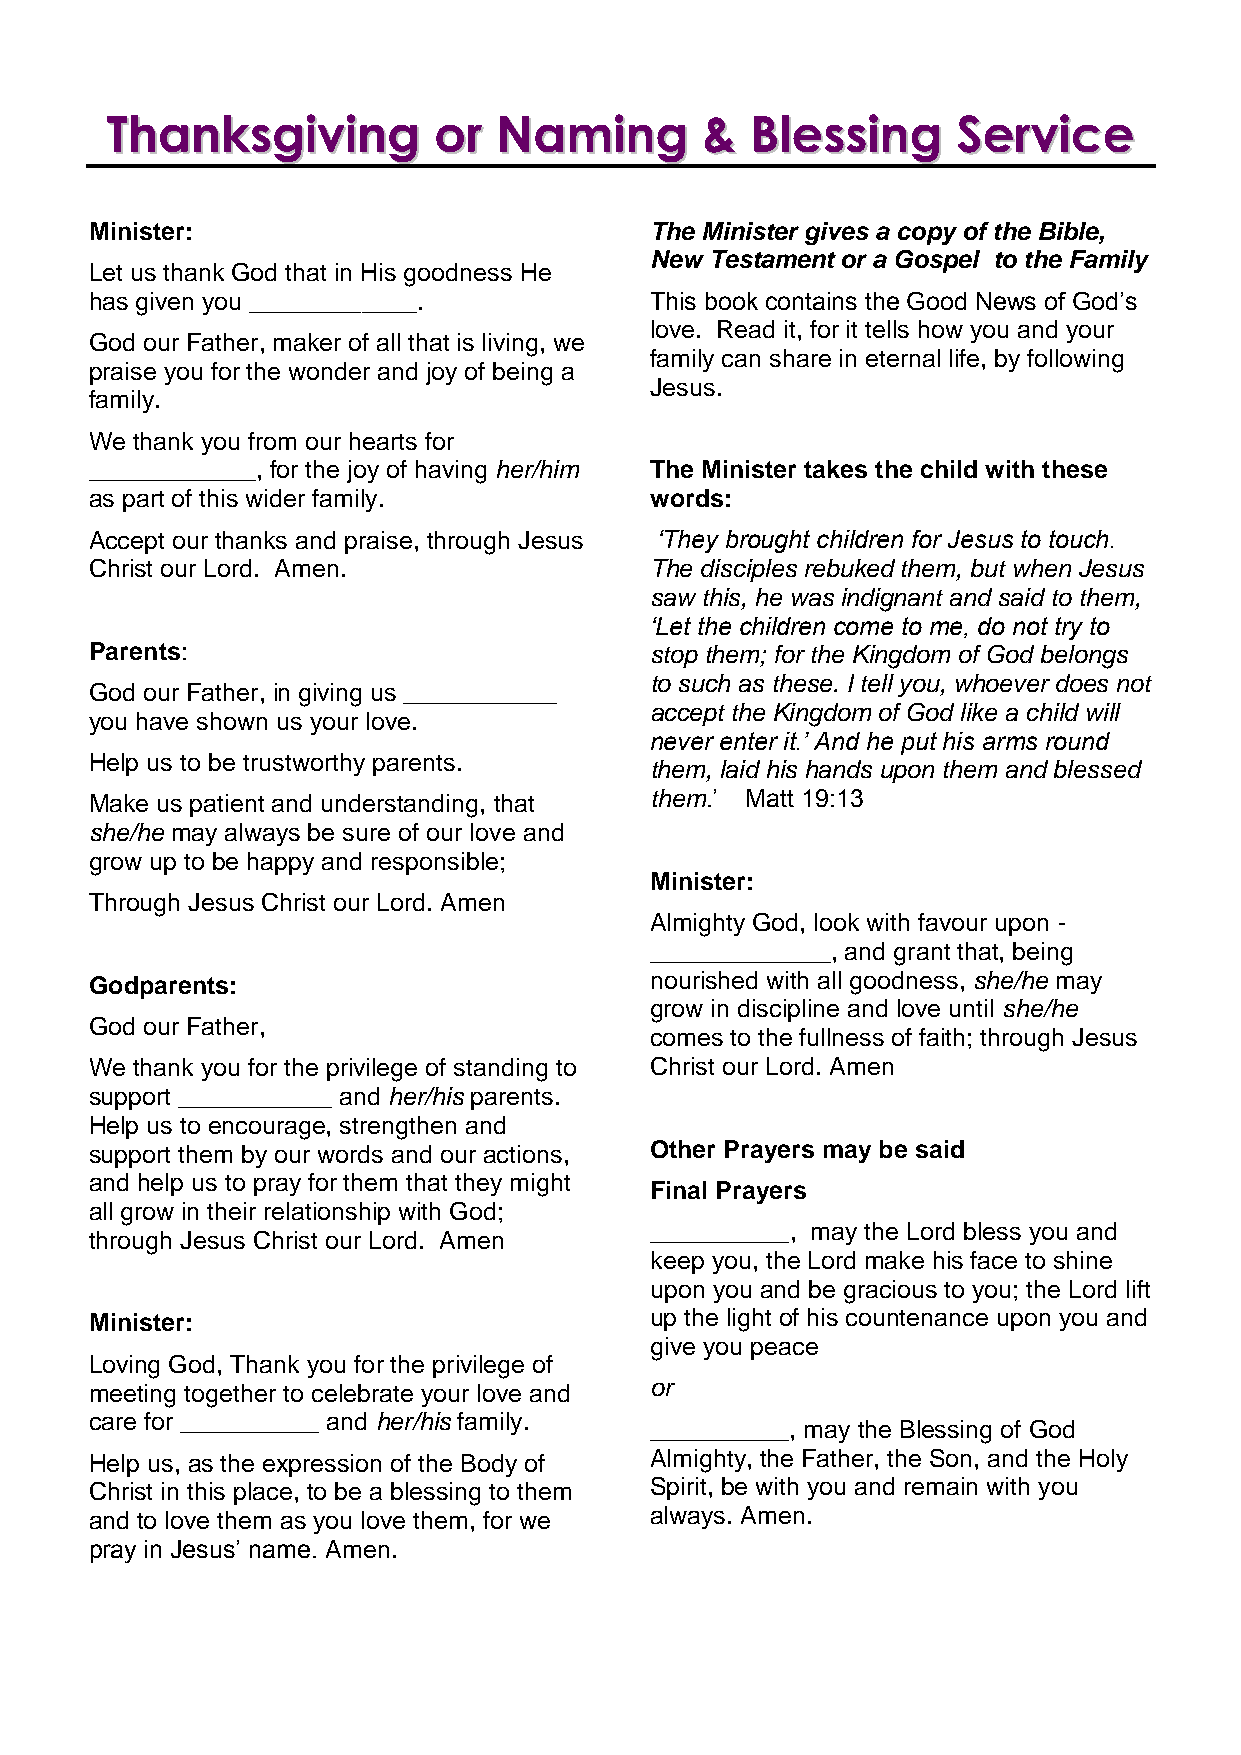
TThhaannkkssggiivviinngg oorr NNaammiinngg && BBlleessssiinngg SSeerrvviiccee
 Minister:                            The Minister gives a copy of the Bible,
 New Testament or a Gospel to the Family
 Let us thank God that in His goodness He
 has given you ____________.          This book contains the Good News of God’s
 love. Read it, for it tells how you and your
 God our Father, maker of all that is living, we
 family can share in eternal life, by following
 praise you for the wonder and joy of being a
 Jesus.
 family.
 We thank you from our hearts for
 ____________, for the joy of having her/him The Minister takes the child with these
 as part of this wider family.        words:
 Accept our thanks and praise, through Jesus ‘They brought children for Jesus to touch.
 Christ our Lord. Amen.               The disciples rebuked them, but when Jesus
 saw this, he was indignant and said to them,
 ‘Let the children come to me, do not try to
 Parents:                             stop them; for the Kingdom of God belongs
 to such as these. I tell you, whoever does not
 God our Father, in giving us ___________
 accept the Kingdom of God like a child will
 you have shown us your love.
 never enter it.’ And he put his arms round
 Help us to be trustworthy parents.
 them, laid his hands upon them and blessed
 Make us patient and understanding, that them.’ Matt 19:13
 she/he may always be sure of our love and
 grow up to be happy and responsible;
 Minister:
 Through Jesus Christ our Lord. Amen
 Almighty God, look with favour upon -
 _____________, and grant that, being
 Godparents:                          nourished with all goodness, she/he may
 grow in discipline and love until she/he
 God our Father,
 comes to the fullness of faith; through Jesus
 We thank you for the privilege of standing to Christ our Lord. Amen
 support ___________ and her/his parents.
 Help us to encourage, strengthen and
 support them by our words and our actions, Other Prayers may be said
 and help us to pray for them that they might
 Final Prayers
 all grow in their relationship with God;
 __________, may the Lord bless you and
 through Jesus Christ our Lord. Amen
 keep you, the Lord make his face to shine
 upon you and be gracious to you; the Lord lift
 Minister:                            up the light of his countenance upon you and
 give you peace
 Loving God, Thank you for the privilege of
 meeting together to celebrate your love and or
 care for __________ and her/his family.
 __________, may the Blessing of God
 Help us, as the expression of the Body of Almighty, the Father, the Son, and the Holy
 Christ in this place, to be a blessing to them Spirit, be with you and remain with you
 and to love them as you love them, for we always. Amen.
 pray in Jesus’ name. Amen.